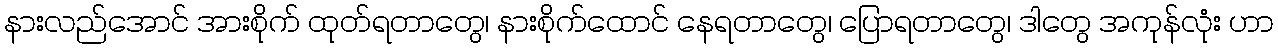
နားလည်အောင် အားစိုက် ထုတ်ရတာတွေ၊ နားစိုက်ထောင် နေရတာတွေ၊ ပြောရတာတွေ၊ ဒါတွေ အကုန်လုံး ဟာ